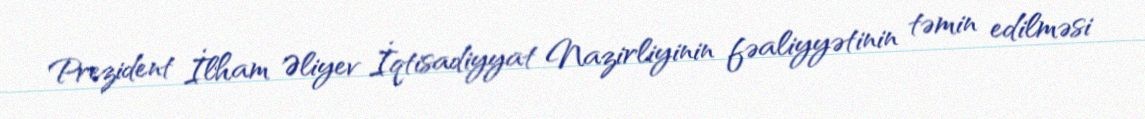
Prezident İlham Əliyev İqtisadiyyat Nazirliyinin fəaliyyətinin təmin edilməsi